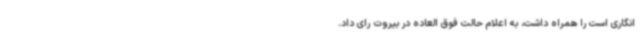
انگاری است را همراه داشت، به اعلام حالت فوق العاده در بیروت رای داد.